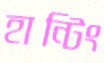
হান্টিং